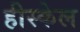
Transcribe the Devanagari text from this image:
हीस्केल